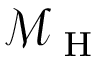
\mathcal { M } _ { \mathrm { ~ H ~ } }